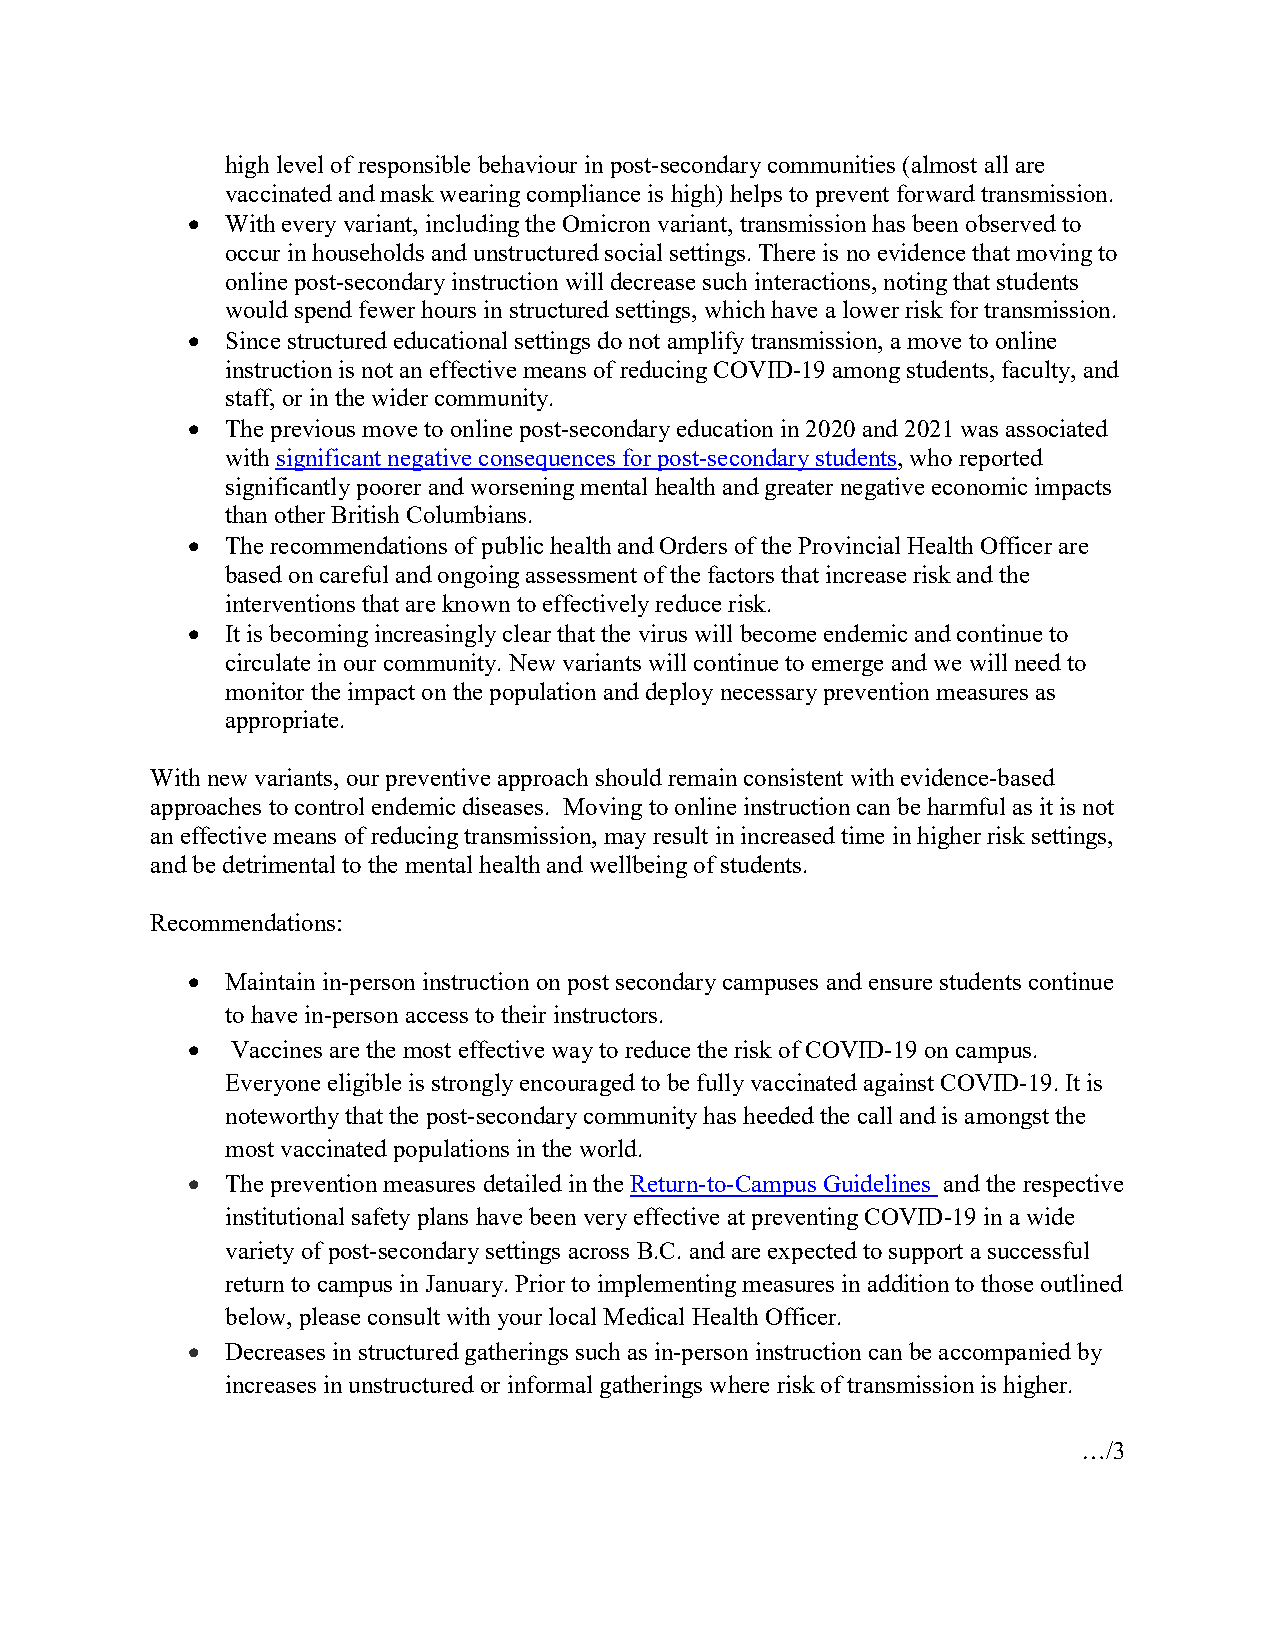
high level of responsible behaviour in post-secondary communities (almost all are
 vaccinated and mask wearing compliance is high) helps to prevent forward transmission.
 •  With every variant, including the Omicron variant, transmission has been observed to
 occur in households and unstructured social settings. There is no evidence that moving to
 online post-secondary instruction will decrease such interactions, noting that students
 would spend fewer hours in structured settings, which have a lower risk for transmission.
 •  Since structured educational settings do not amplify transmission, a move to online
 instruction is not an effective means of reducing COVID-19 among students, faculty, and
 staff, or in the wider community.
 •  The previous move to online post-secondary education in 2020 and 2021 was associated
 with significant negative consequences for post-secondary students, who reported
 significantly poorer and worsening mental health and greater negative economic impacts
 than other British Columbians.
 •  The recommendations of public health and Orders of the Provincial Health Officer are
 based on careful and ongoing assessment of the factors that increase risk and the
 interventions that are known to effectively reduce risk.
 •  It is becoming increasingly clear that the virus will become endemic and continue to
 circulate in our community. New variants will continue to emerge and we will need to
 monitor the impact on the population and deploy necessary prevention measures as
 appropriate.
 With new variants, our preventive approach should remain consistent with evidence-based
 approaches to control endemic diseases. Moving to online instruction can be harmful as it is not
 an effective means of reducing transmission, may result in increased time in higher risk settings,
 and be detrimental to the mental health and wellbeing of students.
 Recommendations:
 •  Maintain in-person instruction on post secondary campuses and ensure students continue
 to have in-person access to their instructors.
 •  Vaccines are the most effective way to reduce the risk of COVID-19 on campus.
 Everyone eligible is strongly encouraged to be fully vaccinated against COVID-19. It is
 noteworthy that the post-secondary community has heeded the call and is amongst the
 most vaccinated populations in the world.
 •  The prevention measures detailed in the Return-to-Campus Guidelines and the respective
 institutional safety plans have been very effective at preventing COVID-19 in a wide
 variety of post-secondary settings across B.C. and are expected to support a successful
 return to campus in January. Prior to implementing measures in addition to those outlined
 below, please consult with your local Medical Health Officer.
 •  Decreases in structured gatherings such as in-person instruction can be accompanied by
 increases in unstructured or informal gatherings where risk of transmission is higher.
 …/3